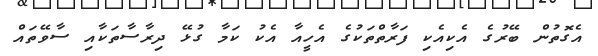
އެގޮތުން ބޭރުގެ އެކިއެކި ފަރާތްތަކުގެ އެހީއާ އެކު ކަމާ ގުޅޭ ދިރާސާތަކާއި ސާވޭތައް